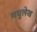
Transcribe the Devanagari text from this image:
मधुलेख